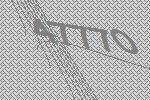
47770